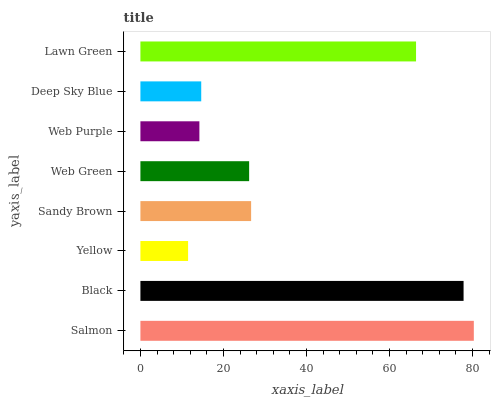
| yaxis_label | bars |
 | --- | --- |
 | Salmon | 80.3 |
 | Black | 77.9 |
 | Yellow | 11.5 |
 | Sandy Brown | 26.7 |
 | Web Green | 26.2 |
 | Web Purple | 14.2 |
 | Deep Sky Blue | 14.7 |
 | Lawn Green | 66.4 |